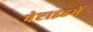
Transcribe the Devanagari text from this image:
पेप्टाइडमें